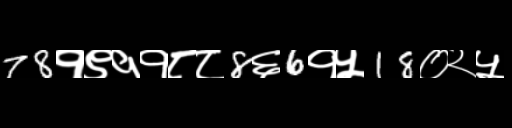
Text: 78१९११८८8६6१५18०२५